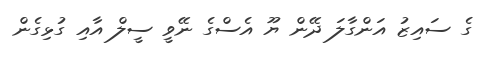
ގެ ސައިޒު އަންގާލަ ދޭން ޔޫ އެސްގެ ނޭވީ ސީލް އާއި ގުޅިގެން